Vaccination in Burma 1920-1933 - 1920-1933
Year: 1920
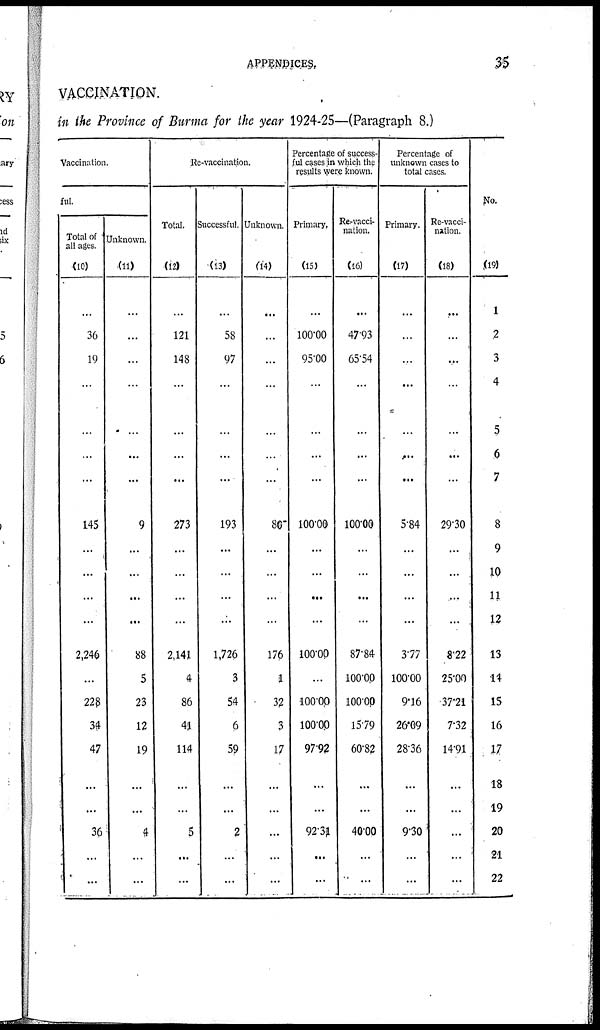
APPENDICES.
35
VACCINATION.
in the Province of Burma for the year 1924-25—(Paragraph 8.)
Vaccination.
ful.
Total of
all ages.
(10)
...
36
19
...
...
...
...
145
...
...
...
...
2,246
...
228
34
47
...
...
36
...
...
Unknown.
(11)
...
...
...
...
...
...
...
9
...
...
...
...
88
5
23
12
19
...
...
4
...
...
Re-vaccination.
Total.
(12)
...
121
148
...
...
...
...
273
...
...
...
...
2,141
4
86
41
114
...
...
5
...
...
Successful.
(13)
...
58
97
...
...
...
...
193
...
...
...
...
1,726
3
54
6
59
...
...
2
...
...
Unknown.
(14)
...
...
...
...
...
...
...
80
...
...
...
...
176
1
32
3
17
...
...
...
...
...
Percentage of success
ful cases in which the
results were known.
Primary.
(15)
...
100.00
95.00
...
...
...
...
100.00
...
...
...
...
100.00
...
100.00
100.00
97.92
...
...
92.31
...
...
Re-vacci-
nation.
(16)
...
47.93
65.54
...
...
...
...
100.00
...
...
...
...
87.84
100.00
100.00
15.79
60.82
...
...
40.00
...
...
Percentage of
unknown cases to
total cases.
Primary.
(17)
...
...
...
...
...
...
...
5.84
...
...
...
...
3.77
100.00
9.16
26.09
28.36
...
...
9.30
...
...
Re-vacci-
nation.
(18)
...
...
....
...
...
...
...
29.30
...
...
...
...
8.22
25.00
37.21
7.32
14.91
...
...
...
...
...
No.
(19)
1
2
3
4
5
6
7
8
9
10
11
12
13
14
15
16
17
18
19
20
21
22